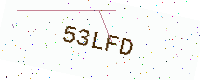
Text: 53LFD